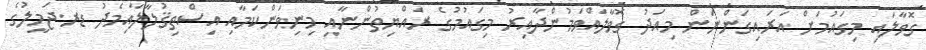
ގޮވާލައި މިގައުމަށް އަރައިގަންނަން މިއަދު ގޮވާލައްވަމުންދާއިރު މިގައުމުގެ ރައްޔިތުންނާއި މިނިވަންކަމާއި އިސްތިޤުލާލާއިމެދު ޑރ.ޖަމީލުގެ